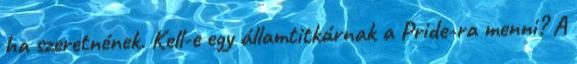
ha szeretnének. Kell-e egy államtitkárnak a Pride-ra menni? A